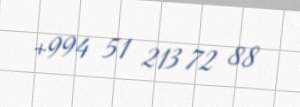
+994 51 213 72 88